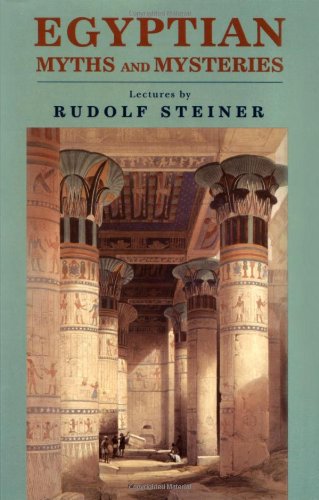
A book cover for Egyptian Myths and Mysteries; Rudolf Steiner; Religion & Spirituality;